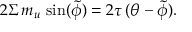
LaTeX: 2 \Sigma \, m _ { u } \, \sin ( \tilde { \phi } ) = 2 { \tau } \, ( \theta - \tilde { \phi } ) .